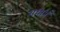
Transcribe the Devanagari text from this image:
शयानं